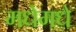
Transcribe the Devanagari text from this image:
मधेमधे